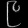
Digit: ၉